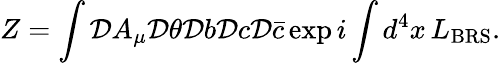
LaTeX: Z=\int{\cal D}A_{\mu}{\cal D}\theta{\cal D}b{\cal D}c{\cal D}\bar{c}\exp i\int d^{4}x\, L_{\mathrm{BRS}}.